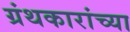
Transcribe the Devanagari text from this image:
ग्रंथकारांच्या